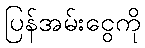
ပြန်အမ်းငွေကို